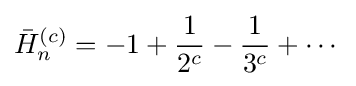
{\bar {H}}_{n}^{(c)}=-1+{\frac {1}{2^{c}}}-{\frac {1}{3^{c}}}+\cdots